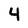
Character: 4